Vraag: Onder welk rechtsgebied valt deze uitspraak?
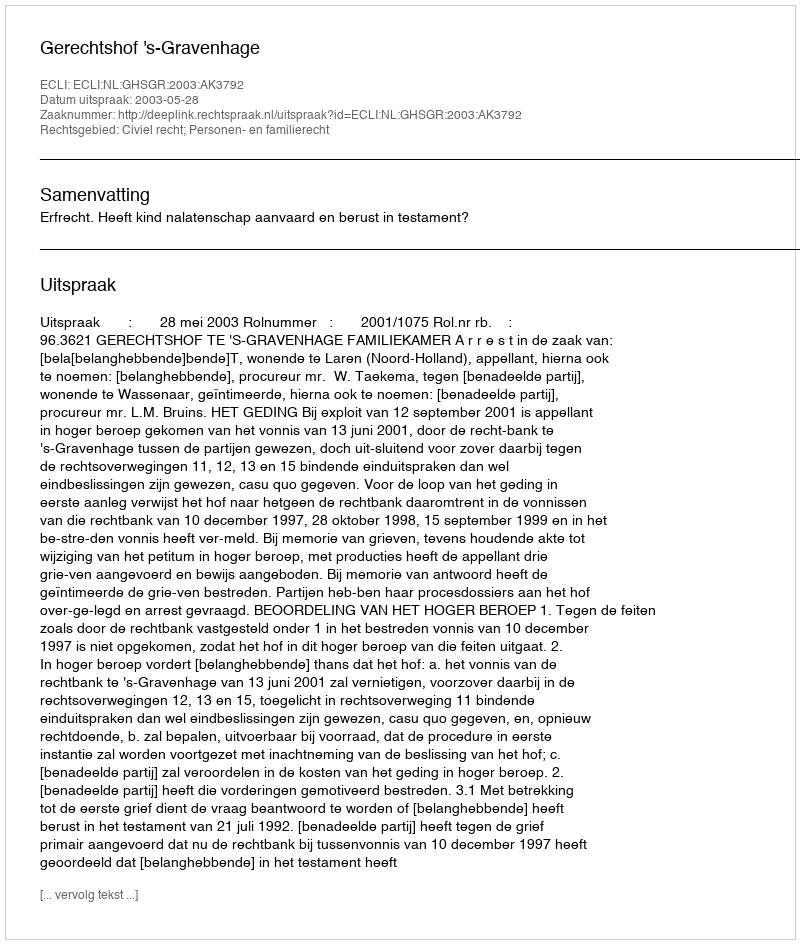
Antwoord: Civiel recht; Personen- en familierecht